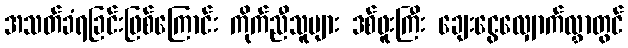
အသတ်ခံရခြင်းဖြစ်ကြောင်း ကိုက်ညီသူများ ဒစ်ဖူးကြီး ချေးငွေလျှောက်လွှာတွင်